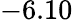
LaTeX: -6.10